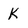
Character: k